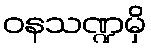
ဝနသဏ္ဍမှိ